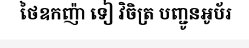
ថៃឧកញ៉ា ទៀ វិចិត្រ បញ្ជូនអូប័រ